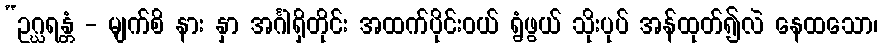
“ဥဂ္ဃရန္တံ - မျက်စိ နား နှာ အင်္ဂါရှိတိုင်း အထက်ပိုင်းဝယ် ရွံဖွယ် သိုးပုပ် အန်ထုတ်၍လဲ နေထသော၊